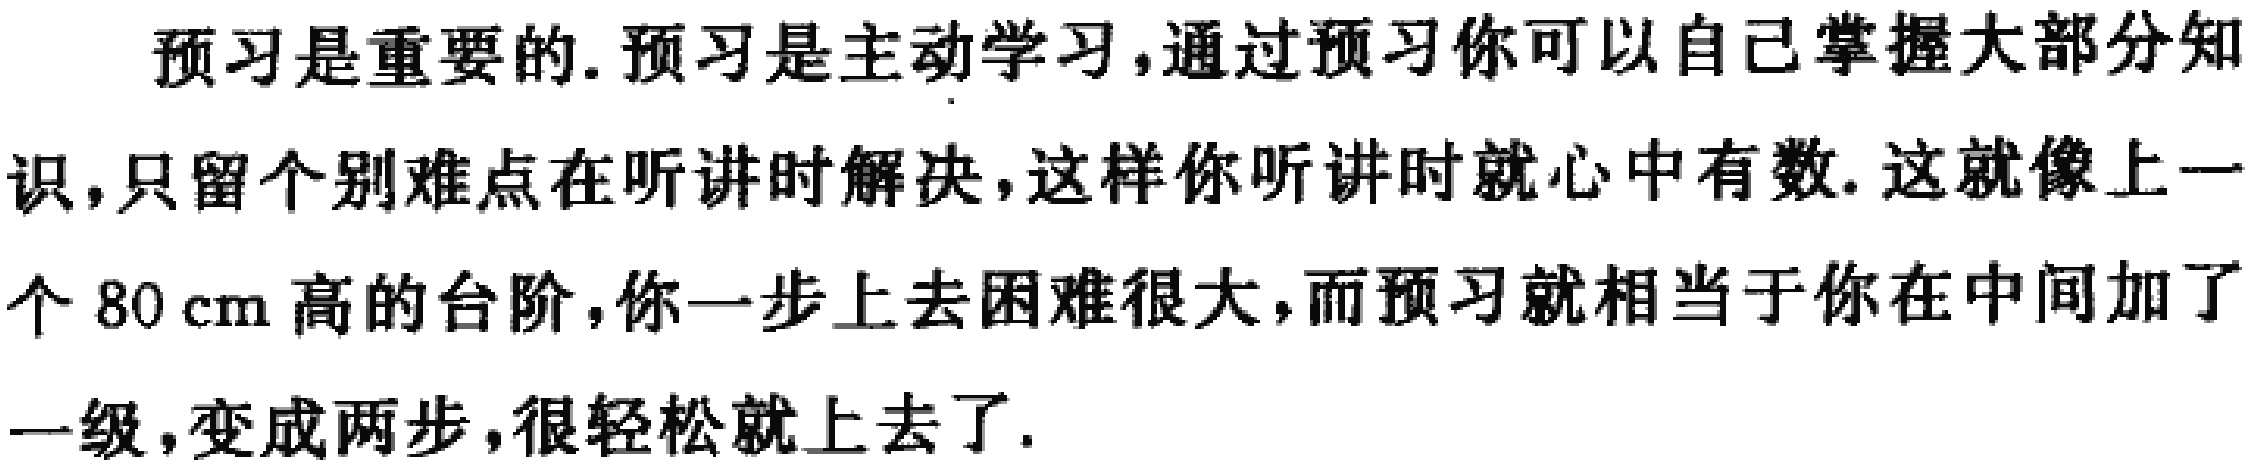
预习是重要的.预习是主动学习,通过预习你可以自己掌握大部分知识,只留个别难点在听讲时解决,这样你听讲时就心中有数.这就像上一个 80 cm 高的台阶,你一步上去困难很大,而预习就相当于你在中间加了一级,变成两步,很轻松就上去了.